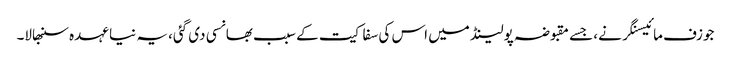
جوزف مائیسنگر نے، جسے مقبوضہ پولینڈ میں اس کی سفاکیت کے سبب بھانسی دی گئی، یہ نیا عہدہ سنبھالا۔